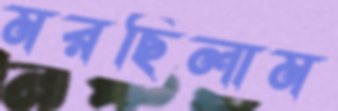
মরছিলাম